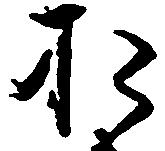
お